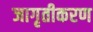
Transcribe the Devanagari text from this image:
जागृतीकरण